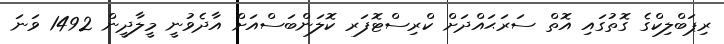
ރިޕަބްލިކްގެ ގޮތުގައި އޮތް ސަރަޙައްދަށް ކްރިސްޓޮފަރ ކޮލަންބަސްއަށް އާދެވުނީ މީލާދީން 1492 ވަނަ